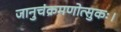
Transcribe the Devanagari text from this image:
जानुचंक्रमणोत्सुकः।